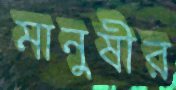
মানুষীর